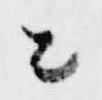
と